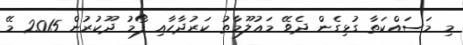
މި މަސައްކަތާ ގުޅިގެން ދެވޭ މަޢުލޫމާތު ކަރުދާހާއި ފޯމު ދޫކުރުން 2015 މޭ